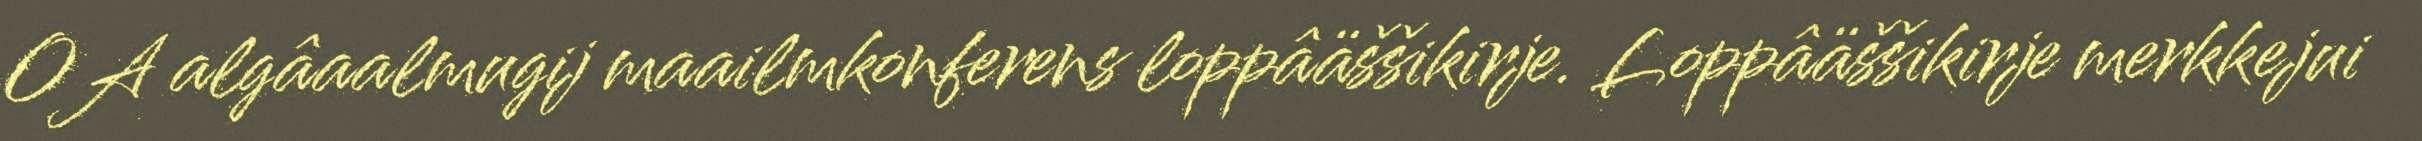
OA algâaalmugij maailmkonferens loppâäššikirje. Loppâäššikirje merkkejui